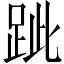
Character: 跐